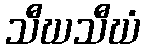
သီဃသီဃံ